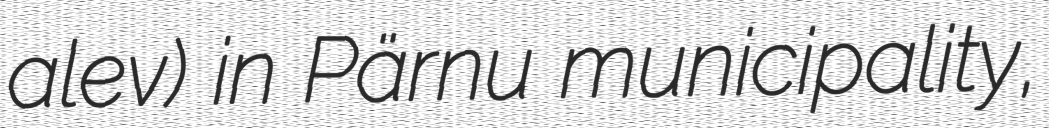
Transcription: alev) in Pärnu municipality,